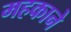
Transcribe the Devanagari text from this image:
महकाने